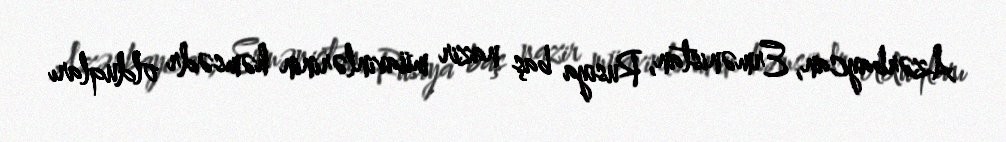
Azərbaycan, Ermənistan, Rusiya baş nazir müavinlərinin həmsədr olduqları